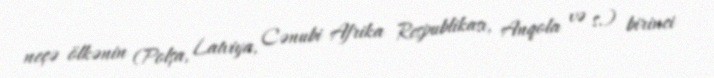
neçə ölkənin (Polşa, Latviya, Cənubi Afrika Respublikası, Anqola və s.) birinci